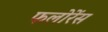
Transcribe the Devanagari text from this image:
फलोरेंस